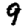
Digit: 9